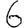
Digit: 6